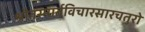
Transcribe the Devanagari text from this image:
श्रौतस्मार्तविचारसारचतुरो